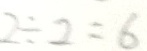
2 \div 2 = 6